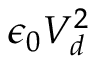
\epsilon _ { 0 } V _ { d } ^ { 2 }